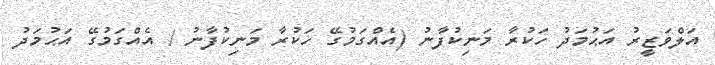
އަލްވަޒީރު އަޙުމަދު ހަކުރާ މަނިކުފާނު (އެއްގަމުގޭ ހަކުރާ މަނިކުފާނު / އެއްގަމުގޭ އަޙުމަދު